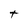
Character: t